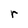
Character: r